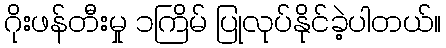
ဂိုးဖန်တီးမှု ၁ကြိမ် ပြုလုပ်နိုင်ခဲ့ပါတယ်။